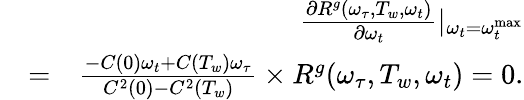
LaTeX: \begin{array}{rlr}&{}&{\frac{\partial R^{g}(\omega_{\tau},T_{w},\omega_{t})}{\partial\omega_{t}}|_{\omega_{t}=\omega_{t}^{\textrm{max}}}}\\ &{=}&{\frac{-C(0)\omega_{t}+C(T_{w})\omega_{\tau}}{C^{2}(0)-C^{2}(T_{w})}\times R^{g}(\omega_{\tau},T_{w},\omega_{t})=0.}\end{array}